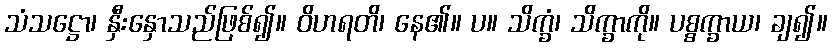
သံသဋ္ဌော၊ နှီးနှောသည်ဖြစ်၍။ ဝိဟရတိ၊ နေ၏။ ပ။ သိက္ခံ၊ သိက္ခာကို။ ပစ္စက္ခာယ၊ ချ၍။